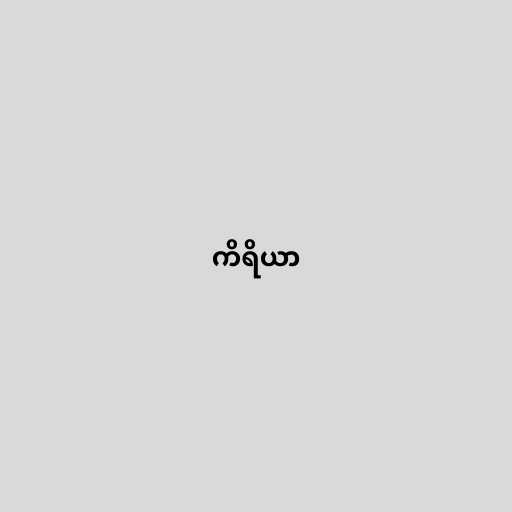
ကိရိယာ